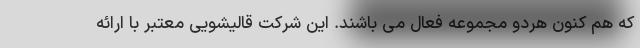
که هم کنون هردو مجموعه فعال می باشند. این شرکت قالیشویی معتبر با ارائه